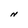
Character: N